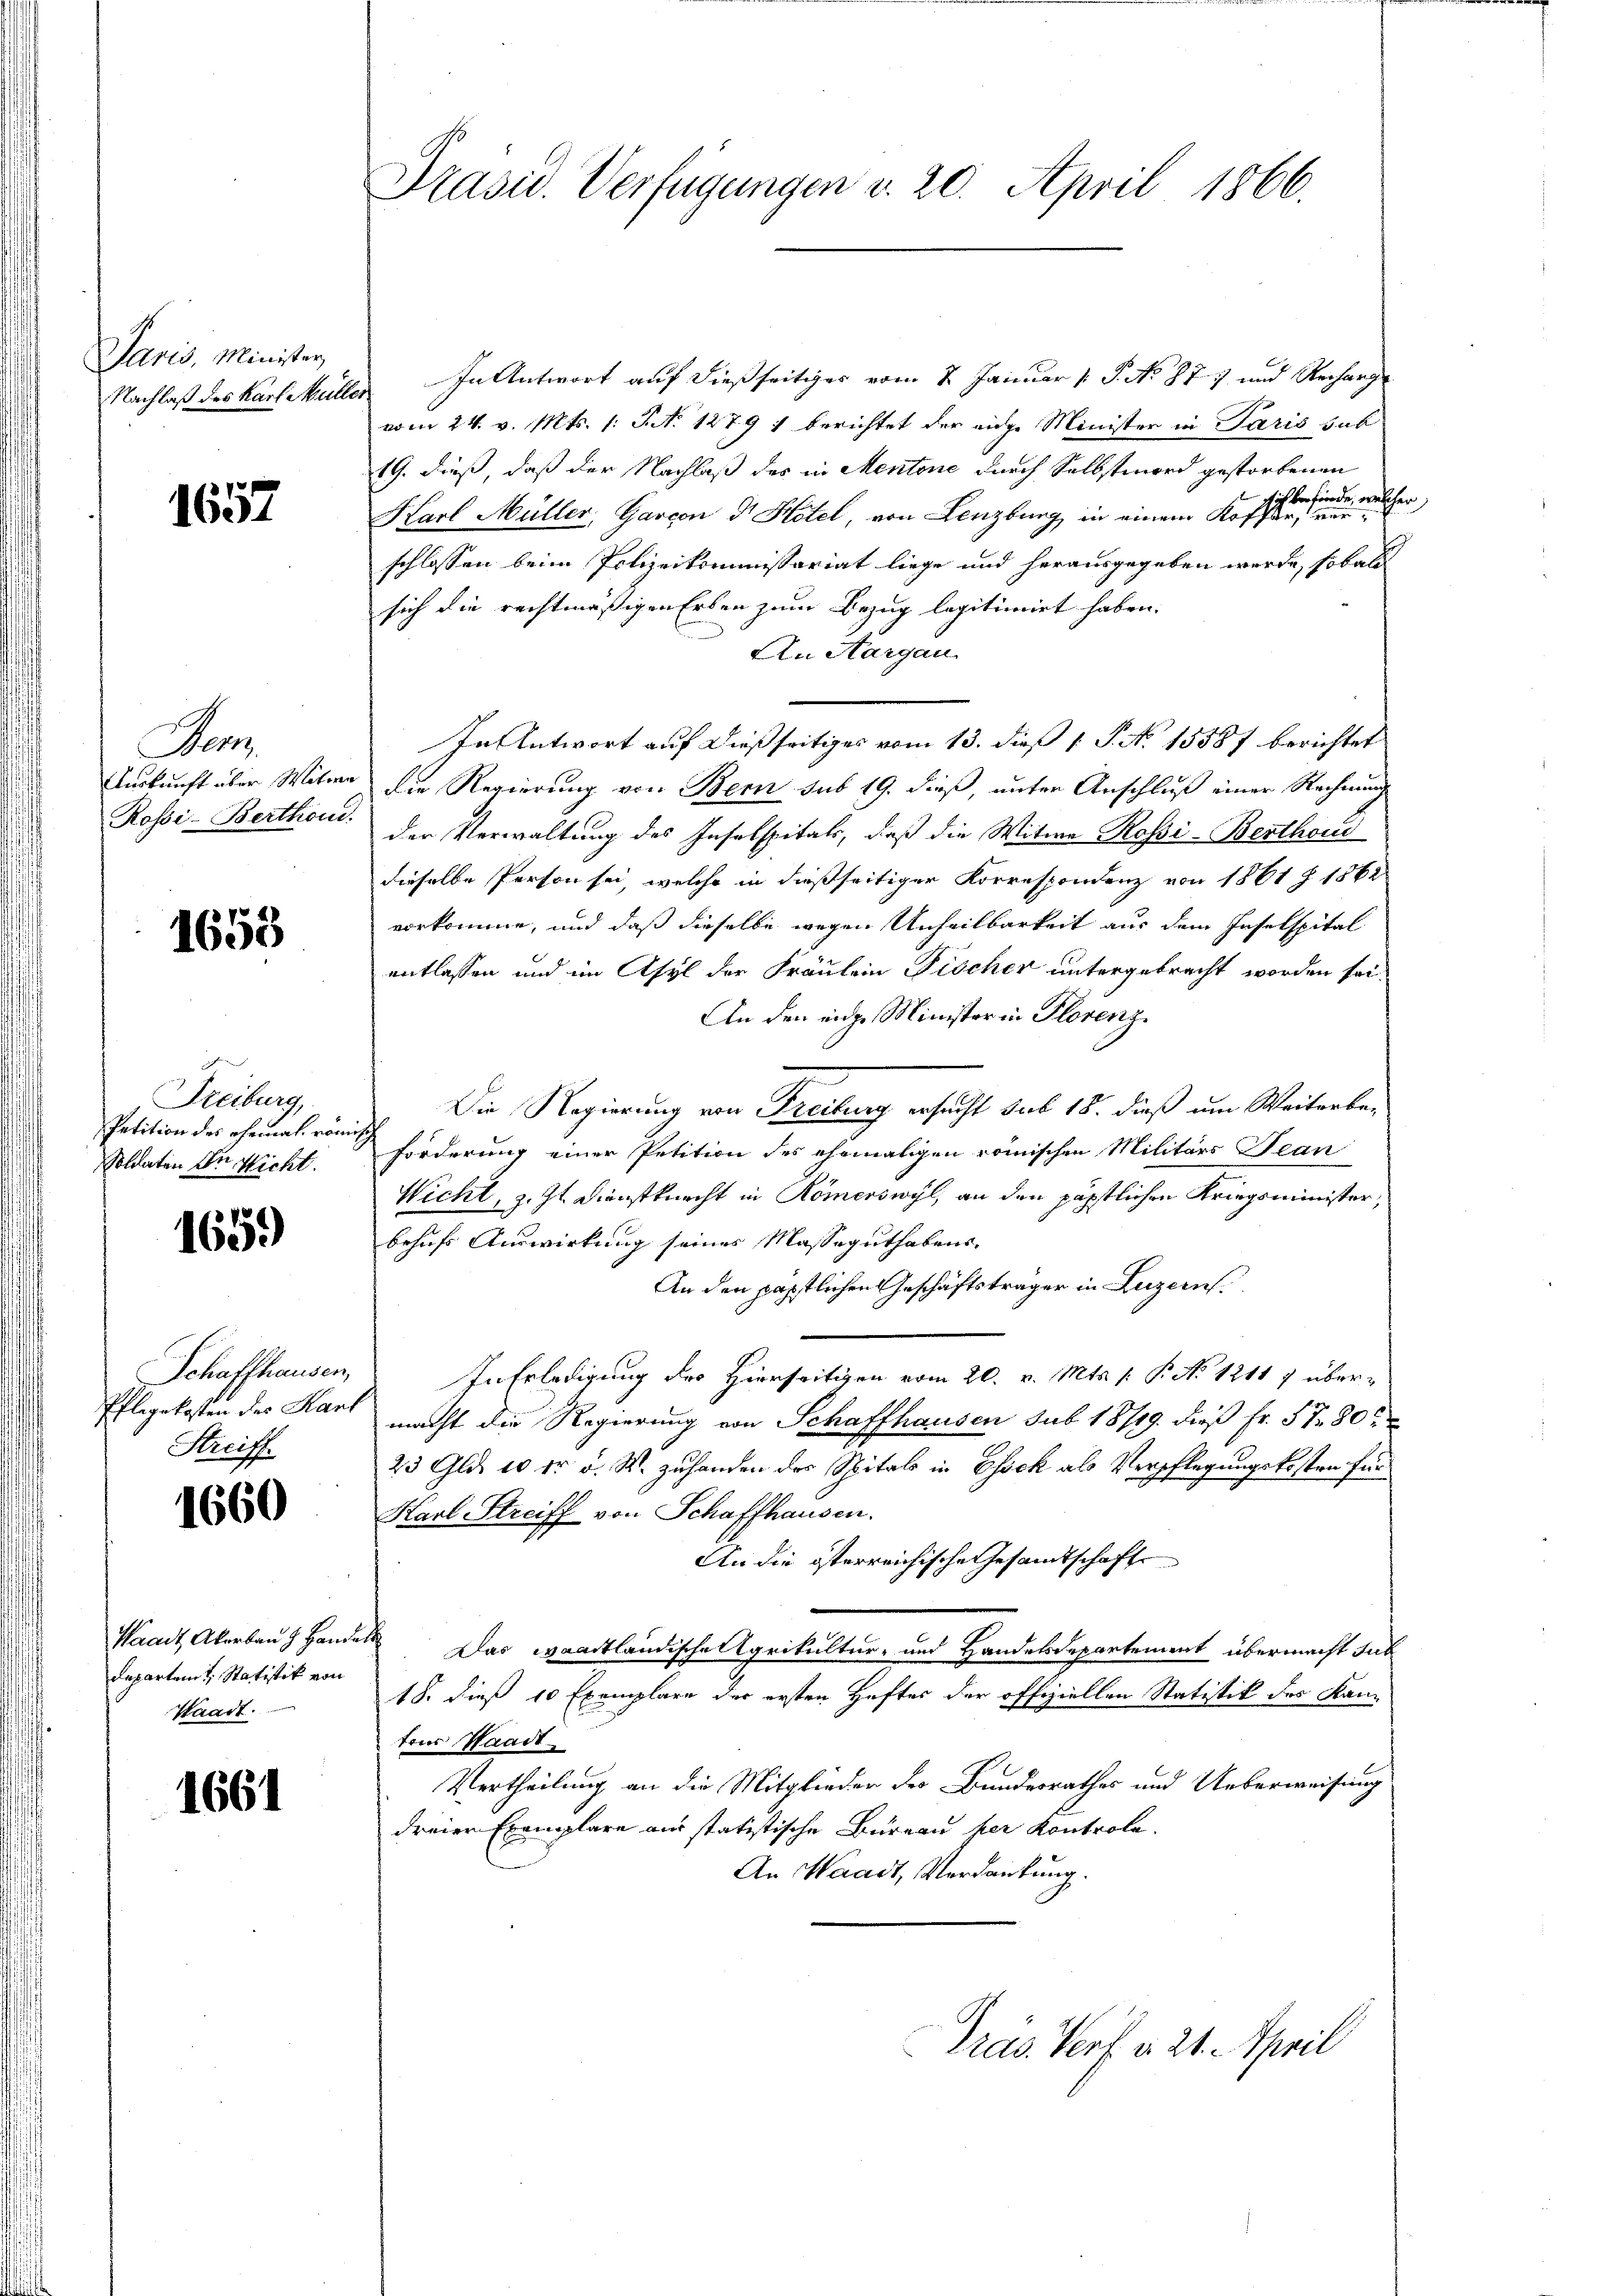
Paris, Minister,

1657

e

1653

Freiburg,
Petition des ehemal römisch
Soldaten Dr Wicht.

165.

Schaffhausen,
Streiff

1660

Departem Statistik von
Waadt.

1661

Nachlaß des Karl Müller In Antwort auf dießseitiges vom 2. Januar [ P. No. 877 und Recharg
vom 24. v. Mts. 1. P. No 1279) berichtet der eige Minister in Paris sub
19. dieß, daß der Nachlaß des in Mentone durch Selbstmord gestorbenen
sich befinde, welcher,
Harl Müller, Garcon d Hotel, von Lenzburg in einem Koffer, verschlossen beim Polizeikommissariat liege und herausgegeben werde, sobald
sich die rechtmäßigen Erben zum Bezug legitimirt haben.
An Aargau
In Antwort auf dießseitiges vom 13. dieß 1 S. N. 15587 berichtet
Auskunft über Witwe die Regierung von Bern sub 19. dieß, unter Anschluß einer Rechnung
Rossi-Berthon. Der Verwaltung des Inselspitals, daß die Witwe Rossi-Berthand
dieselbe Person sei, welche in dießseitiger Korrespondenz von 1861 § 1562
vorkomme, und daß dieselbe wegen Unheilbarkeit aus dem Inselspital
entlassen und im Asyl der Fräulein Fischer untergebracht worden sei.
An den eine Minister in Florenz
Die Regierung von Freibung ersucht sub 18. dieß um Weiterbeforderung einer Petition des ehemaligen römischen Militärs Bean
Wicht, z. Zt. Dienstknecht in Römerswyl, an den päpstlichen Kriegsminister,
behufs Auswirkung seines Masseguthabens-
An den päpstlichen Geschäftsträger in Luzern.
In Erledigung des Hierseitigen vom 20. v. Mts. (: P. No 12117 über¬
Pflegekosten des Karl macht die Regierung von Schaffhausen sub 18719. dieß Fr. 57 80
23 Gld. 10 Fr. v. M. zuhanden des Spitals in Esch als Verpflegungskosten für
Harl Streiff von Schaffhausen.
An die österreichische Gesandtschaft
Waadt, Akerbau Handere Das waadtländische Agrikultur- und Handelsdepartement übermacht sub
18. dieß 10 Exemplare der ersten Heftes der offiziellen Statistik des Kanteur Staadt
Vertheilung an die Mitglieder des Bundesrathes und Ueberweisung
dreier Exemplare aus statistische Büreau her Kontrole.
An Waadt, Verdankung.
Prás Torf a. 21. April

Präsid. Verfügungen v. 20. April 1866.